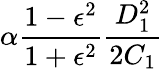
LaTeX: \alpha\frac{1-\epsilon^{2}}{1+\epsilon^{2}}\frac{D_{1}^{2}}{2C_{1}}